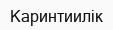
Каринтиилік